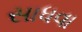
સાધવા